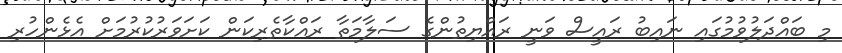
މި ބައްދަލުވުމުގައި ނައިބު ރައީސް ވަނީ ރައްޔިތުންގެ ސަލާމަތާ ރައްކާތެރިކަން ކަށަވަރުކުރުމަށް އެޅެންހުރި